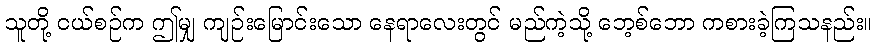
သူတို့ ငယ်စဉ်က ဤမျှ ကျဉ်းမြောင်းသော နေရာလေးတွင် မည်ကဲ့သို့ ဘေ့စ်ဘော ကစားခဲ့ကြသနည်း။